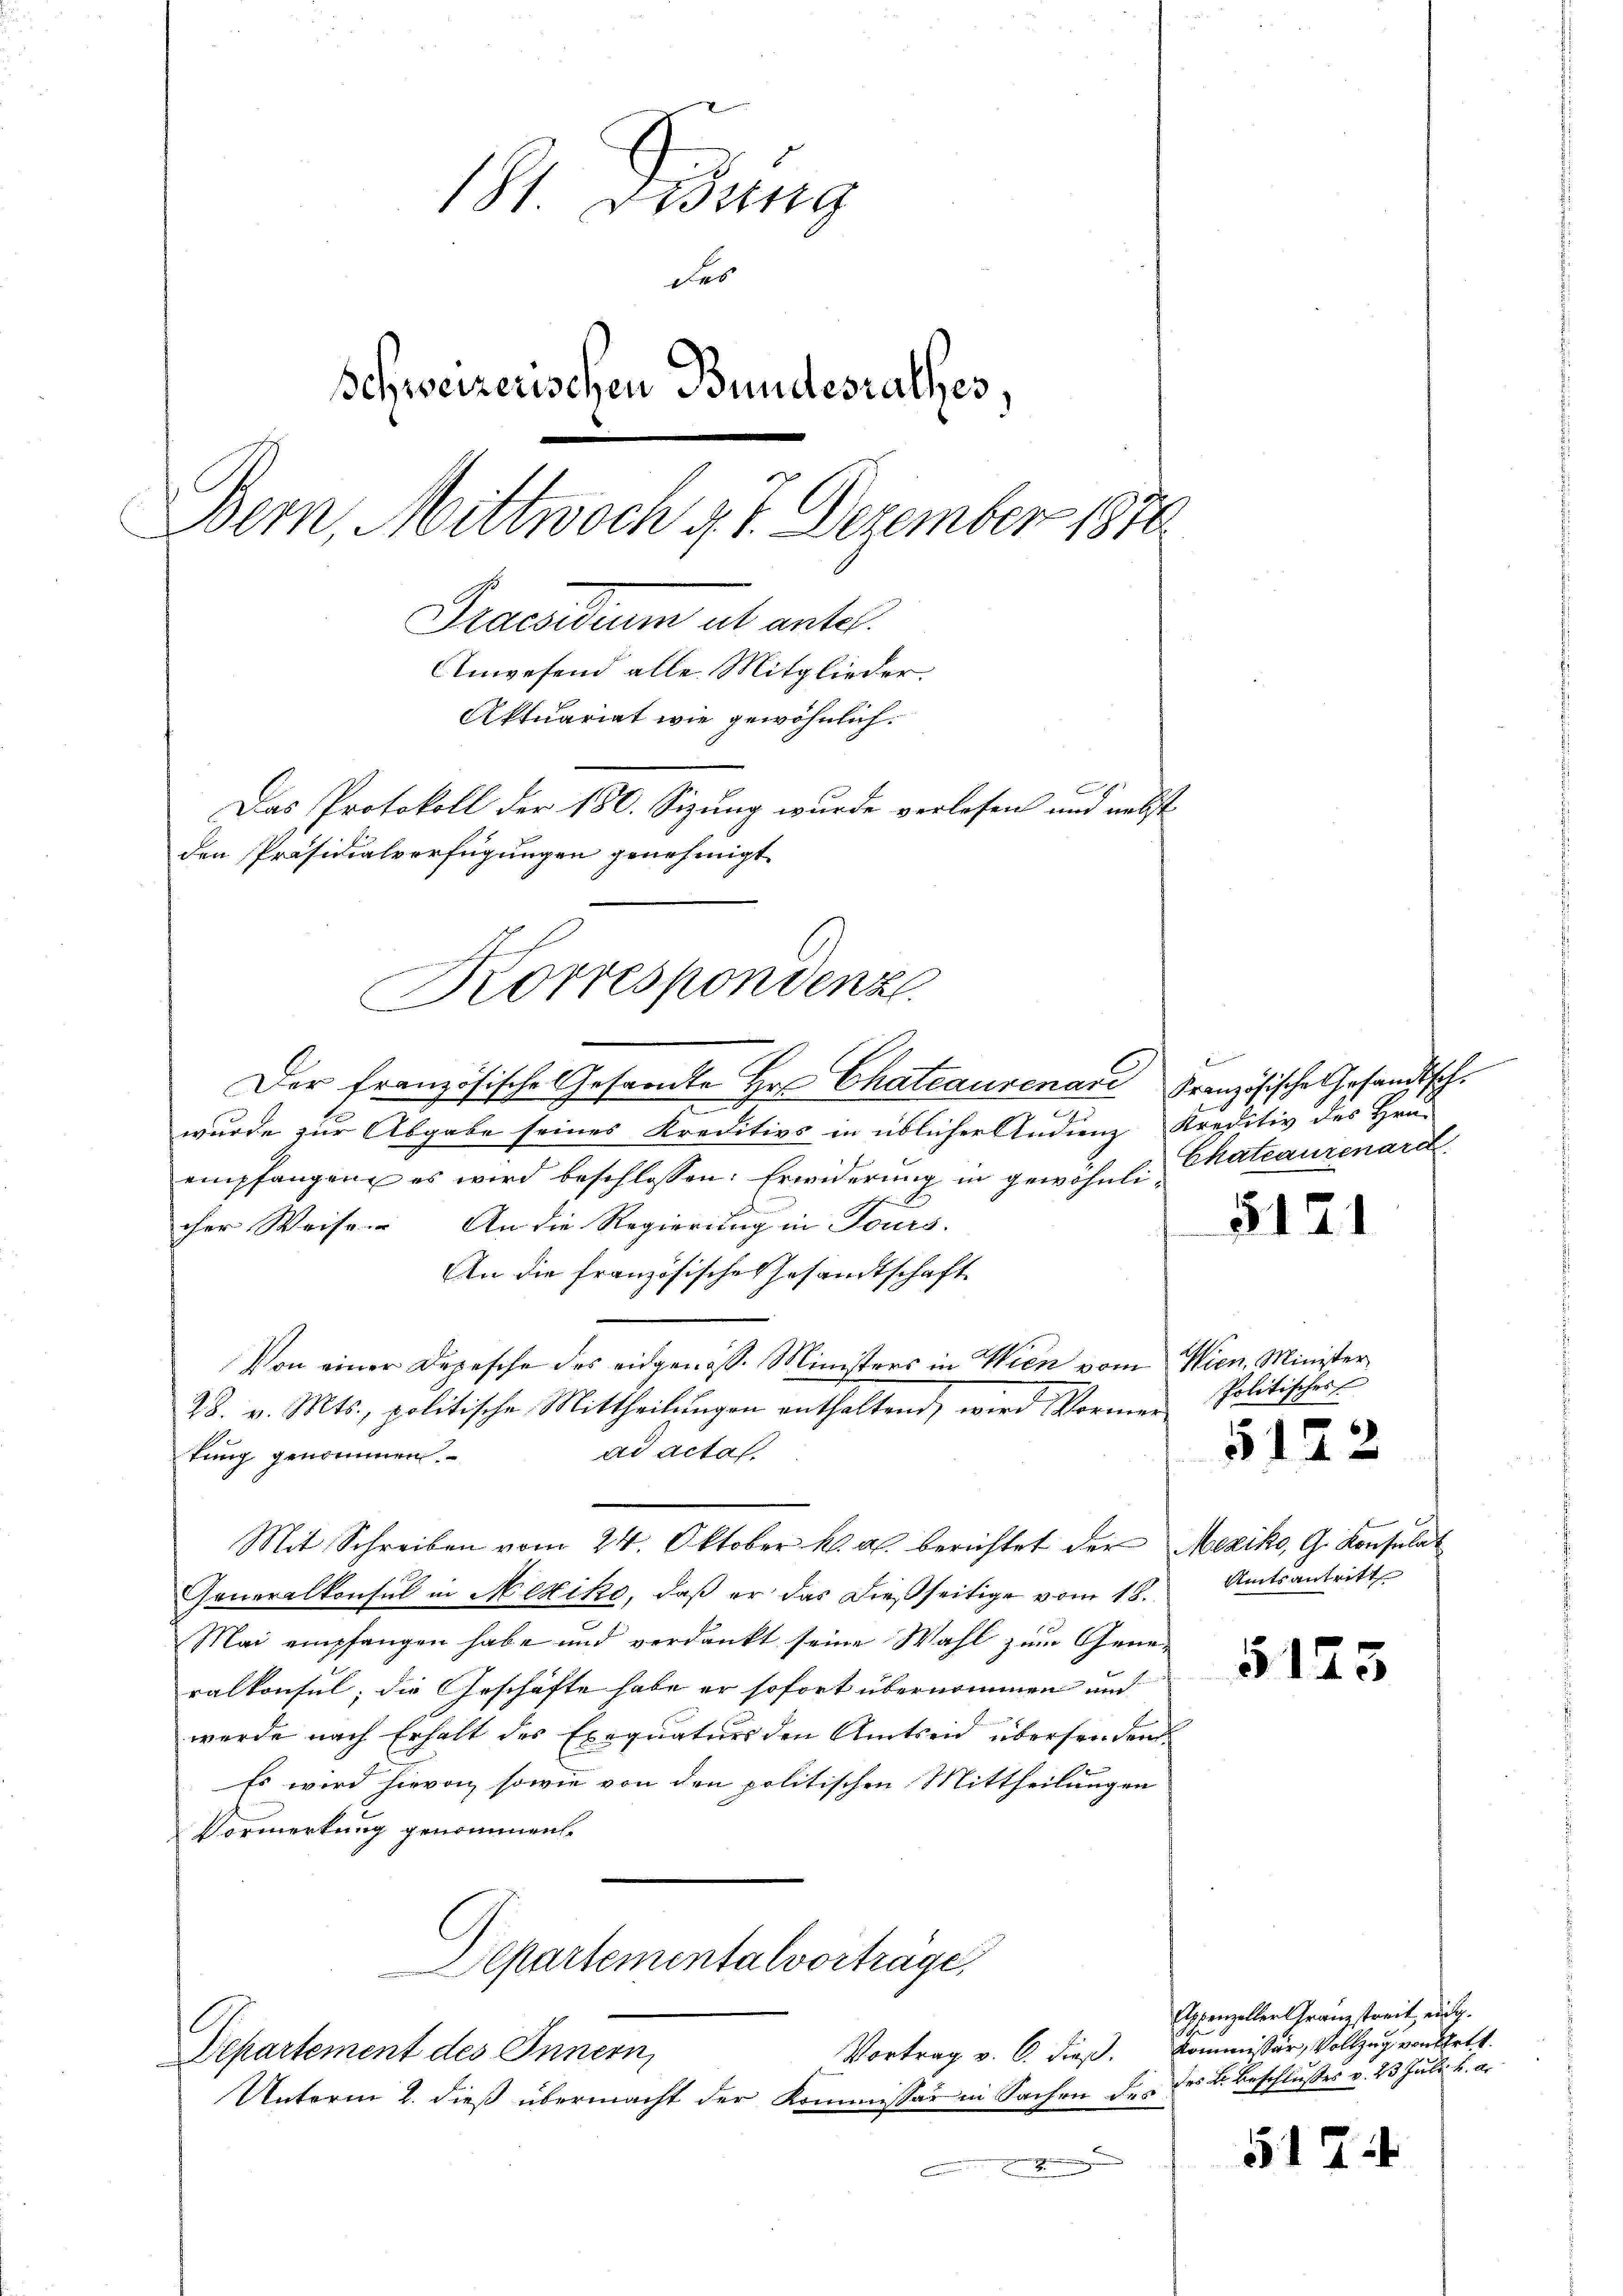
181. Dedung
des
Schweizerischen Bundesrathes
Bern, Mittwoch v. 7. Dezember 1870
Praesidium al unter
Anwesend alle Mitglieder.
Aktuariat wie gewöhnlich.
Das Protokoll der 180. Sizung wurde verlesen und nebst
den Präsidialverfügungen genehmigt.

e
d
wurde zur Abgabe seines Kreditivs in üblicher Andienz Kreditiv des Grau
empfangen es wird beschlossen: Erwiderung in gewöhnlicher Weise. An die Regierung in Tours.
ideten
An die französische Gesandtschaft
Von einer Depesche des eidgenöss. Ministers in Wien vom Wien. Minister
28. v. Mts., politische Mittheilungen enthaltend, wird Vormerad acta
tung genommen.
Mit Schreiben vom 24. Oktober k. a. berichtet der Mexiko, G. Konsulat
Generalkonsul in Mexiko, daß er das dießseitige vom 18.
Mai empfangen habe und verdankt seine Wahl zum Generalkonsul, die Geschäfte habe er sofort übernommen und
werde nach Erhalt des Exequaturs den Amtseid übersendens¬
Es wird hievon sowie von den politischen Mittheilungen
Vormerkung genommen.

t
Korrespondenz
Der französische Gesamte Hr. Chateaurenare Französische Gesandtsch¬

Departementalvortrage,
Departement des Innern,

Unterm 2. dieß übermacht der Kommissär in Sachen des des L. Beschlusses v. 23 Juli u. a.

Chateaurenard

5121

Politisches

5122

Amtsantritt

5123

Appenzeller Granzstreit eidg.
Vortrag v. 6. dieß. Kommissär, Vollzug von Bett.

517